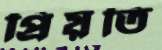
প্রিয়তি